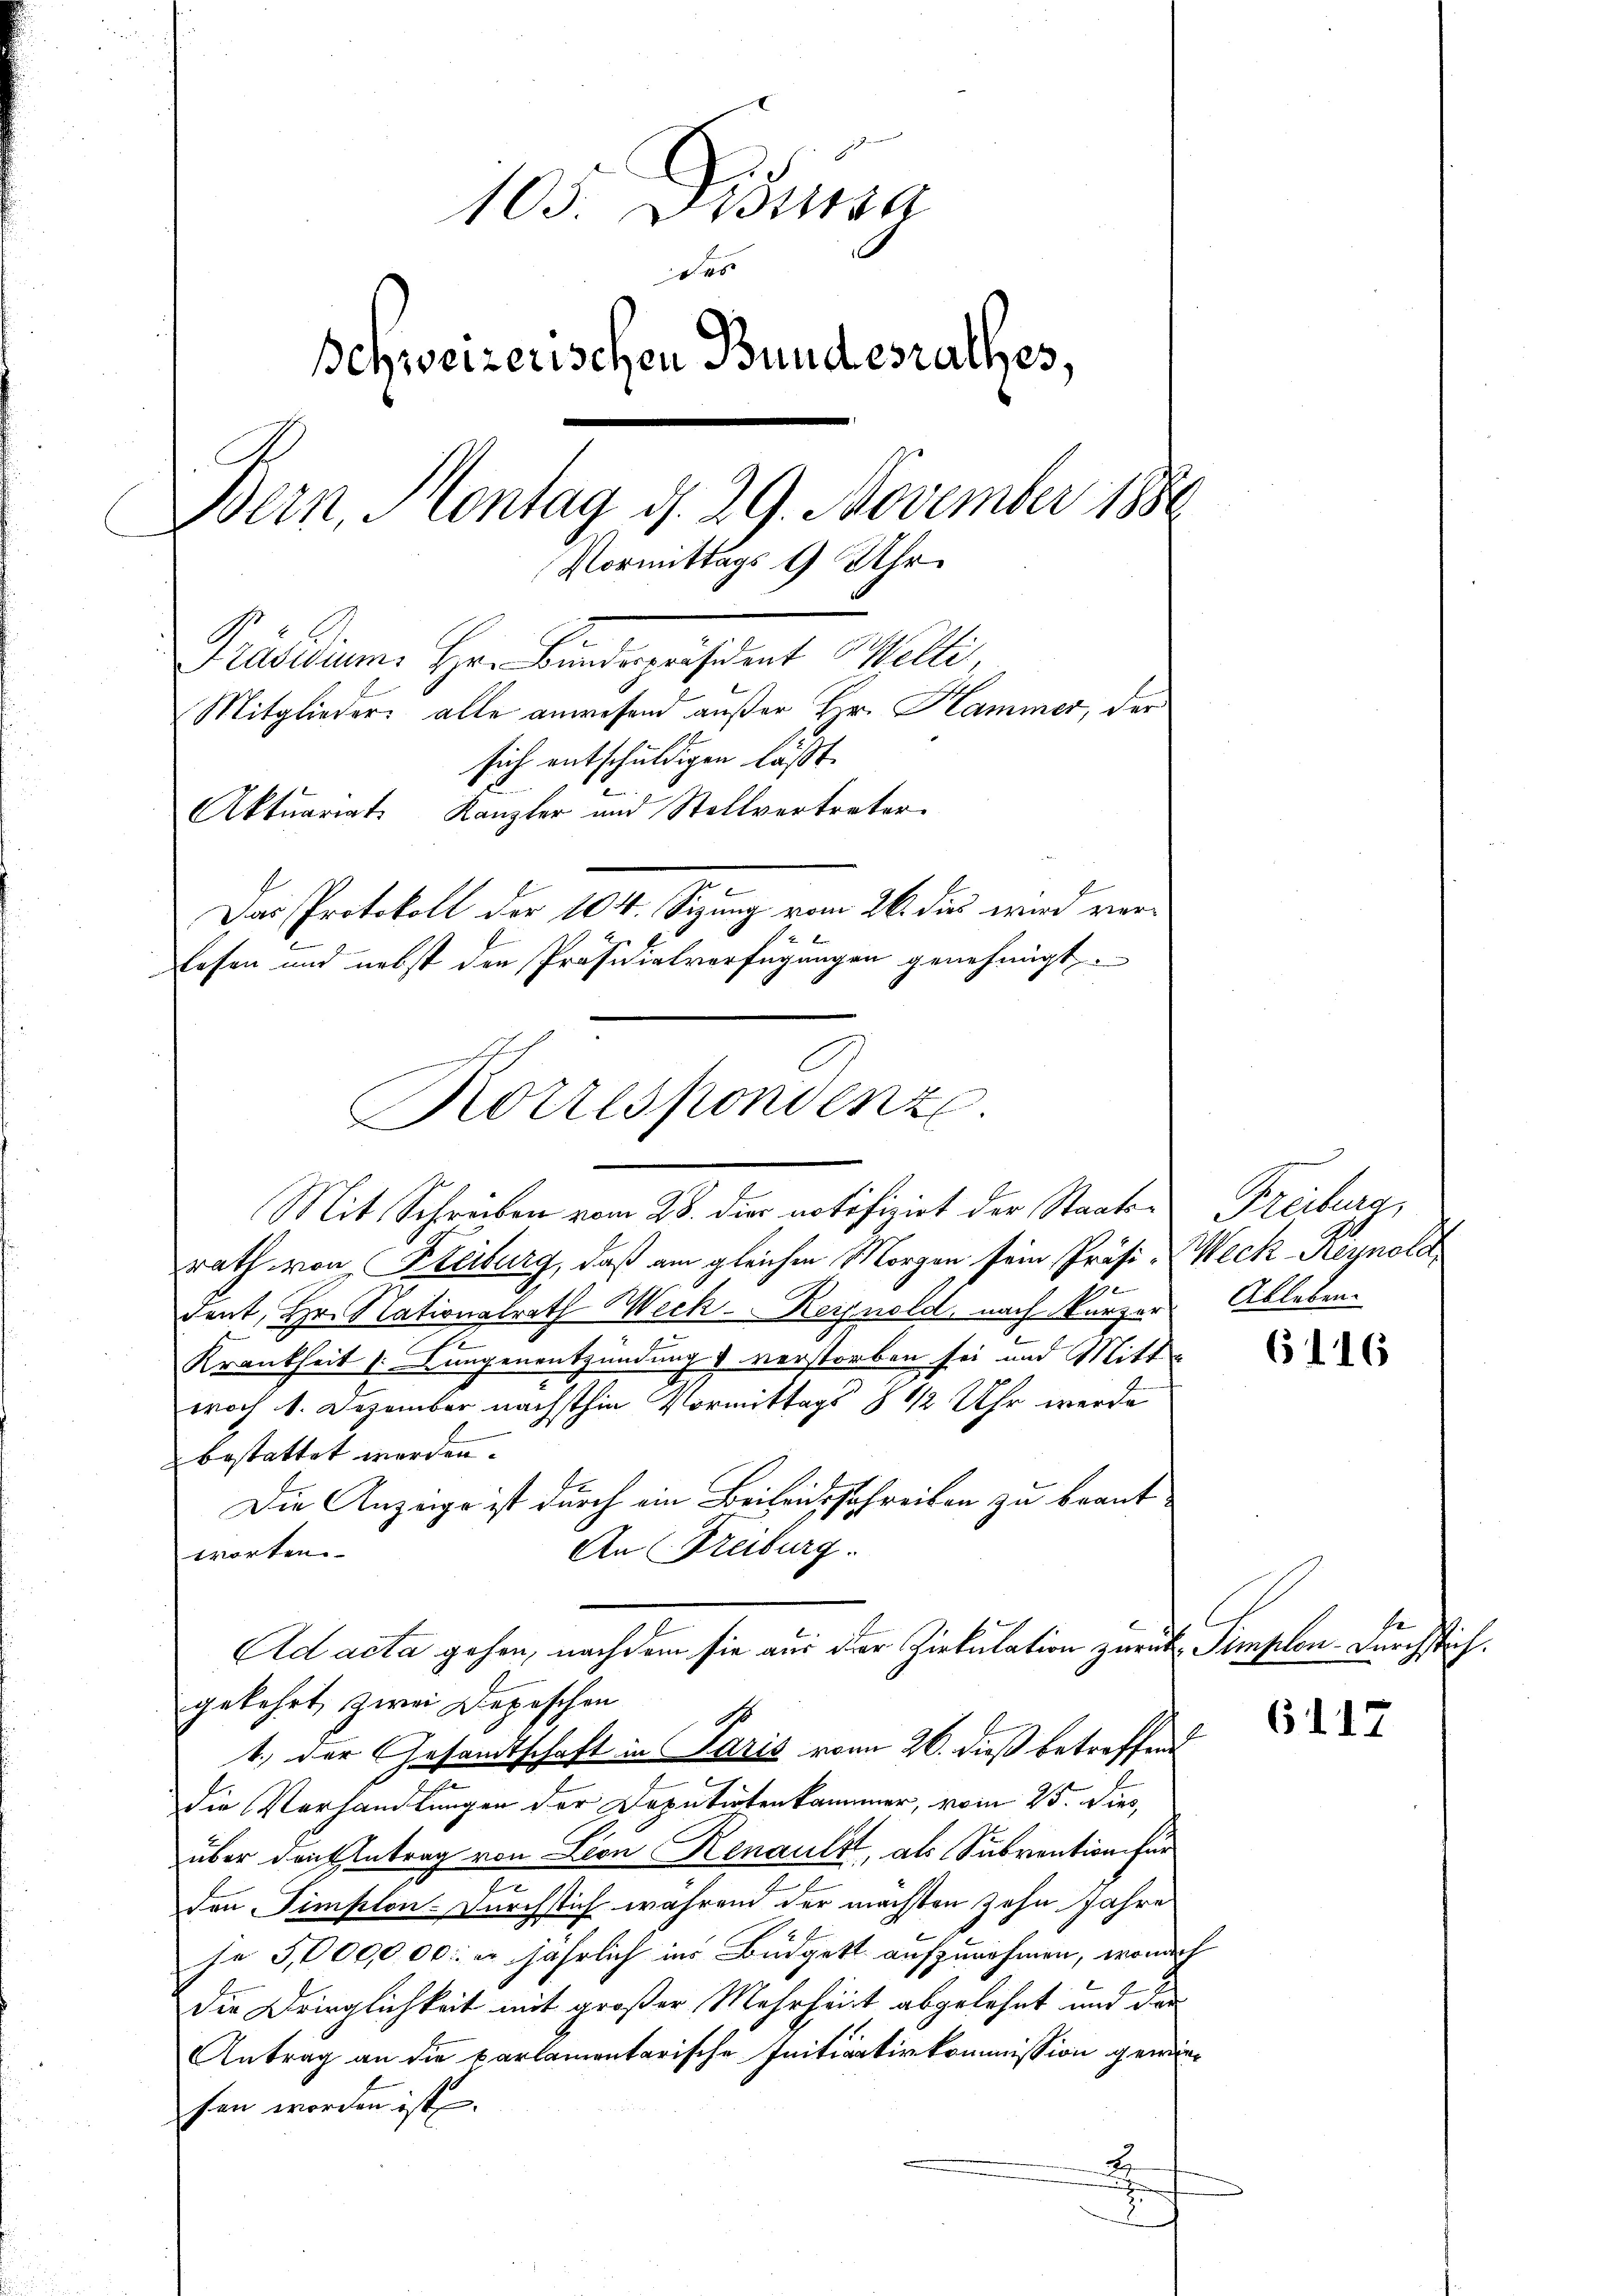
105. Diensa
des
schweizerischen Bundesrathes,
Bern, Montag d. 29. November 1880
Vormittags 9 Uhr.
Präsidium Her Finanzesident Melli
Mitglieder alle anwesend außer Hr. Hammer, der
sich entschuldigen läßt.
V
Aktuariats Kanzler und Stellvertreter
Das Protokoll der 104. Sizung vom 26. dies wird verlesen und nebst der Präsidialverfügungen genehmigt.

Korrespondenz.
Mit Schreiben vom 28. die notifizirt der Staats- Freiburg,

Ad acta gehen, nachdem sie aus der Zirkulation zurück Simplon-Durchstich.
gekehrt, zwei Depeschen

rath von Freiburg, daß am gleichen Morgen sein Präsi-Weck-Reynold
dent, Hr. Nationalrath Weck. - Reynold, nach kurzer Ableben.
Krankheit (Lungenentzündung verstorben sei und Mitt
woch 1. Dezember nächsthin Vormittags § 12 Uhr werde
bestattet werden.
Die Anzeige ist durch ein Beileitsschreiben zu beant¬
An (Freiburg.
worten.
1.) Der Gesandtschaft in Paris vom 26. dieß betreffend
Die Verhandlungen der Deputirtenkammer, vom 25. Dies
über den Antrag von Lion Renault, als Subvention für
den Simplon-Durchsich wahrend der mächten zehn Jahre
se 5,000,000. u jährlich ins Büdgett aufzunehmen, wonach
die Dringlichkeit mit großer Mehrheit abgelehnt und das
Antrag an die parlamentarische Initiativkommission gewiefen worden ist.
x
2

6116

617